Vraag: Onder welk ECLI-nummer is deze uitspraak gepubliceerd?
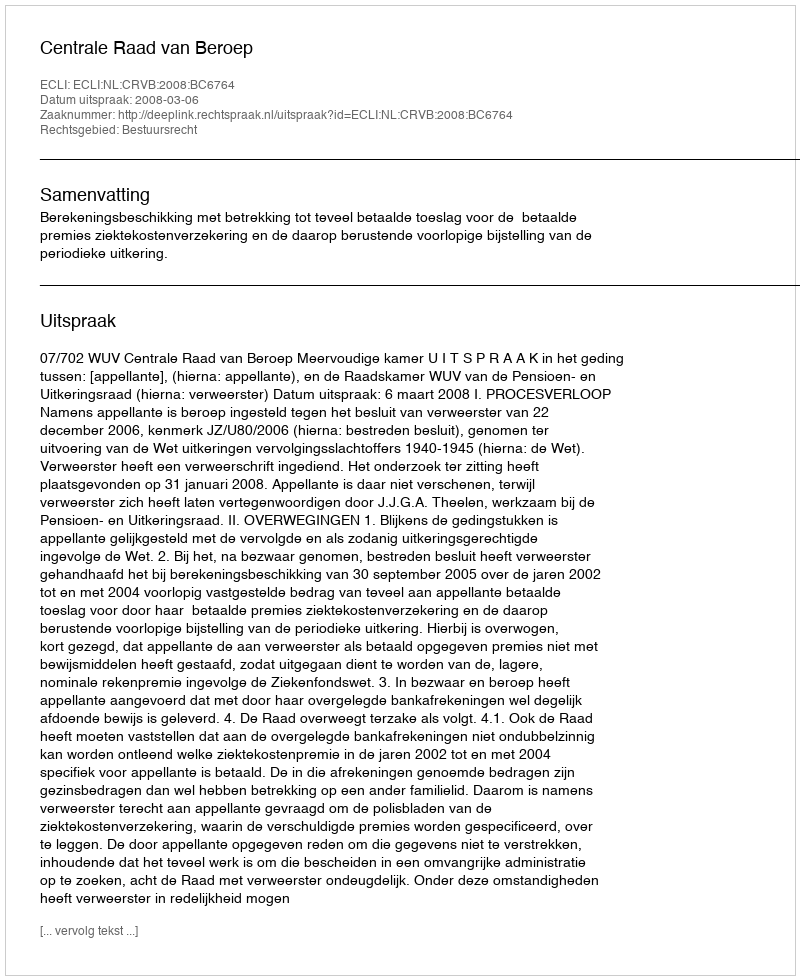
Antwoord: ECLI:NL:CRVB:2008:BC6764